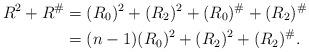
LaTeX: \begin{align*} R^2+R^\# & = (R_0)^2+(R_2)^2+(R_0)^\#+(R_2)^\#\\ & = (n-1)(R_0)^2+(R_2)^2+(R_2)^\#.\end{align*}